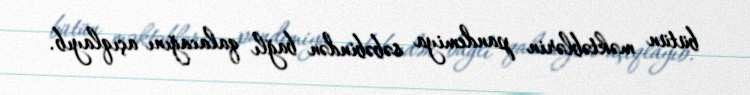
bütün məktəblərin pandemiya səbəbindən bağlı qalacağını açıqlayıb.